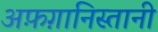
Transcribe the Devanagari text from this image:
अफ़ग़ानिस्तानी